Annual statistical returns and brief notes on vaccination in Bengal - 1909-1929
Year: 1909
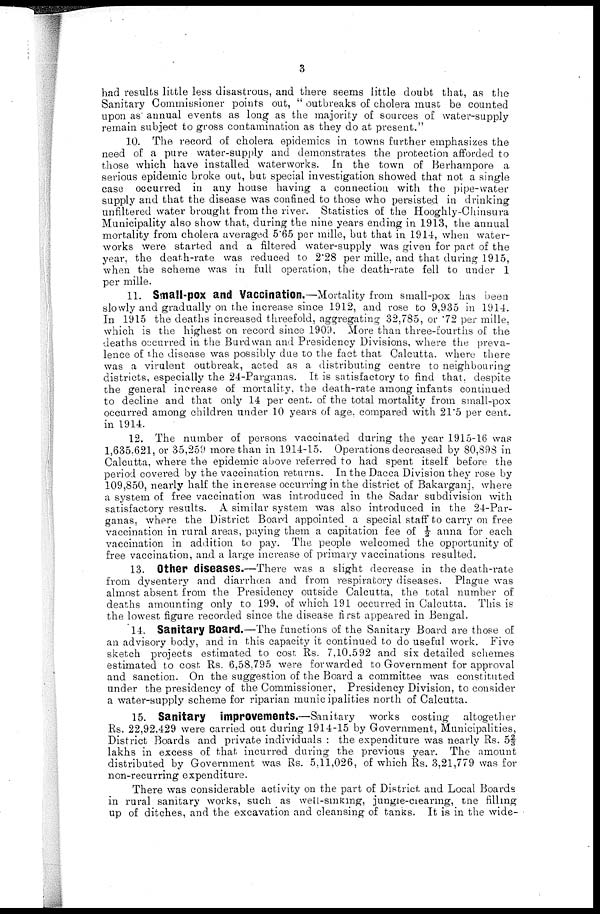
3
had results little less disastrous, and there seems little doubt that, as the
Sanitary Commissioner points out, " outbreaks of cholera must be counted
upon as annual events as long as the majority of sources of water-supply
remain subject to gross contamination as they do at present."
10. The record of cholera epidemics in towns further emphasizes the
need of a pure water-supply and demonstrates the protection afforded to
those which have installed waterworks. In the town of Berhampore a
serious epidemic broke out, but special investigation showed that not a single
case occurred in any house having a connection with the pipe-water
supply and that the disease was confined to those who persisted in drinking
unfiltered water brought from the river. Statistics of the Hooghly-Chinsura
Municipality also show that, during the nine years ending in 1913, the annual
mortality from cholera averaged 5.65 per mille, but that in 1914, when water-
works were started and a filtered water-supply was given for part of the
year, the death-rate was reduced to 2.28 per mille, and that during 1915,
when the scheme was in full operation, the death-rate fell to under 1
per mille.
11. Small-pox and Vaccination.—Mortality from small-pox has been
slowly and gradually on the increase since 1912, and rose to 9,935 in 1914.
In 1915 the deaths increased threefold, aggregating 32,785, or .72 per mille,
which is the highest on record since 1909. More than three-fourths of the
deaths occurred in the Burdwan and Presidency Divisions, where the preva-
lence of the disease was possibly due to the fact that Calcutta, where there
was a virulent outbreak, acted as a distributing centre to neighbouring
districts, especially the 24-Parganas. It is satisfactory to find that, despite
the general increase of mortality, the death-rate among infants continued
to decline and that only 14 per cent. of the total mortality from small-pox
occurred among children under 10 years of age, compared with 21.5 per cent.
in 1914.
12. The number of persons vaccinated during the year 1915-16 was
1,635,621, or 35,259 more than in 1914-15. Operations decreased by 80,898 in
Calcutta, where the epidemic above referred to had spent itself before the
period covered by the vaccination returns. In the Dacca Division they rose by
109,850, nearly half the increase occurring in the district of Bakarganj, where
a system of free vaccination was introduced in the Sadar subdivision with
satisfactory results. A similar system was also introduced in the 24-Par-
ganas, where the District Board appointed a special staff to carry on free
vaccination in rural areas, paying them a capitation fee of ½ anna for each
vaccination in addition to pay. The people welcomed the opportunity of
free vaccination, and a large increase of primary vaccinations resulted.
13. Other diseases.—There was a slight decrease in the death-rate
from dysentery and diarrhœa and from respiratory diseases. Plague was
almost absent from the Presidency outside Calcutta, the total number of
deaths amounting only to 199, of which 191 occurred in Calcutta. This is
the lowest figure recorded since the disease first appeared in Bengal.
14. Sanitary Board. —The functions of the Sanitary Board are those of
an advisory body, and in this capacity it continued to do useful work. Five
sketch projects estimated to cost Rs. 7,10,592 and six detailed schemes
estimated to cost Rs. 6,58,795 were forwarded to Government for approval
and sanction. On the suggestion of the Board a committee was constituted
under the presidency of the Commissioner, Presidency Division, to consider
a water-supply scheme for riparian municipalities north of Calcutta.
15. Sanitary improvements.—Sanitary works costing altogether
Rs. 22,92,429 were carried out during 1914-15 by Government, Municipalities,
District Boards and private individuals : the expenditure was nearly Rs. 5 2/3
lakhs in excess of that incurred during the previous year. The amount
distributed by Government was Rs. 5,11,026, of which Rs. 3,21,779 was for
non-recurring expenditure.
There was considerable activity on the part of District and Local Boards
in rural sanitary works, such as well-sinking, jungle-clearing, the filling
up of ditches, and the excavation and cleansing of tanks. It is in the wide-